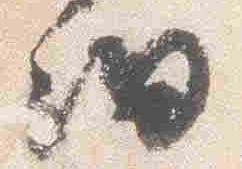
細